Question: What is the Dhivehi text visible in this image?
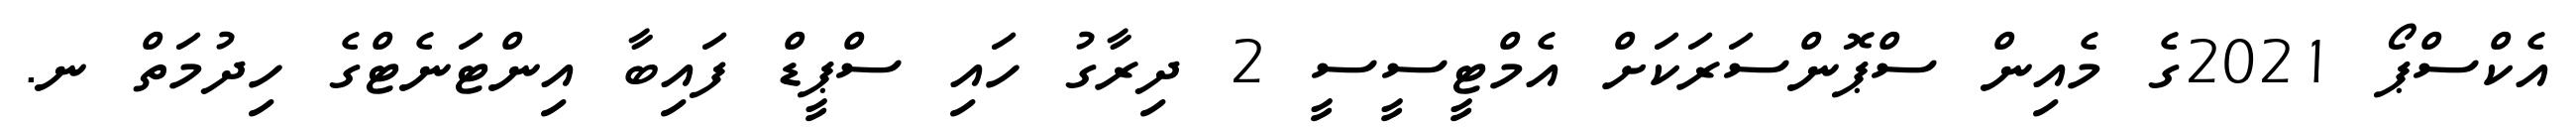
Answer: އެކްސްޕޯ 2021ގެ މެއިން ސްޕޮންސަރަކަށް އެމްޓީސީސީ 2 ދިރާގު ހައި ސްޕީޑް ފައިބާ އިންޓަނެޓްގެ ހިދުމަތް ނ.